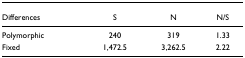
<table><thead><tr><td><b>Differences</b></td><td><b>S</b></td><td><b>N</b></td><td><b>N/S</b></td></tr></thead><tbody><tr><td>Polymorphic</td><td>240</td><td>319</td><td>1.33</td></tr><tr><td>Fixed</td><td>1,472.5</td><td>3,262.5</td><td>2.22</td></tr></tbody></table>